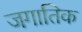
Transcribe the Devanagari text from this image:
जगातिक